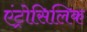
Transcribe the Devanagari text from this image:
एंट्रोसिलिक